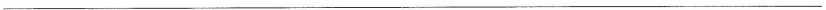
___